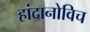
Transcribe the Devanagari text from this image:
हांदानोविच